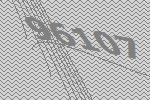
96107